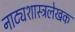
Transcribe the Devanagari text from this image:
नाट्यशास्त्रलेखक